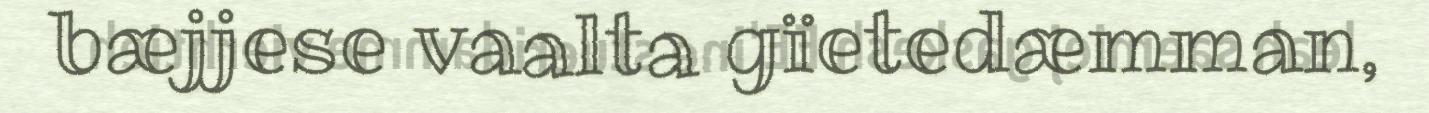
bæjjese vaalta gïetedæmman,